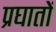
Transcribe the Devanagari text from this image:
प्रघातों